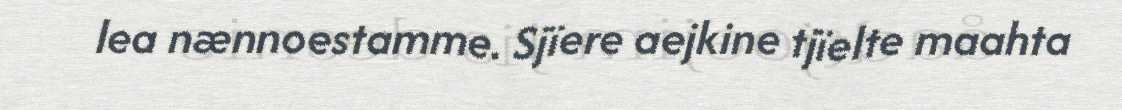
lea nænnoestamme. Sjïere aejkine tjïelte maahta